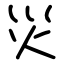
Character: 災